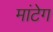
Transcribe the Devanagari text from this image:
मांटेग